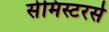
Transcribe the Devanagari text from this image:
सेमिस्टरर्स